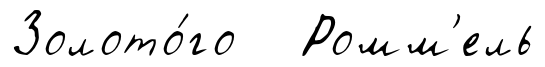
Золото́го Ромм'ель